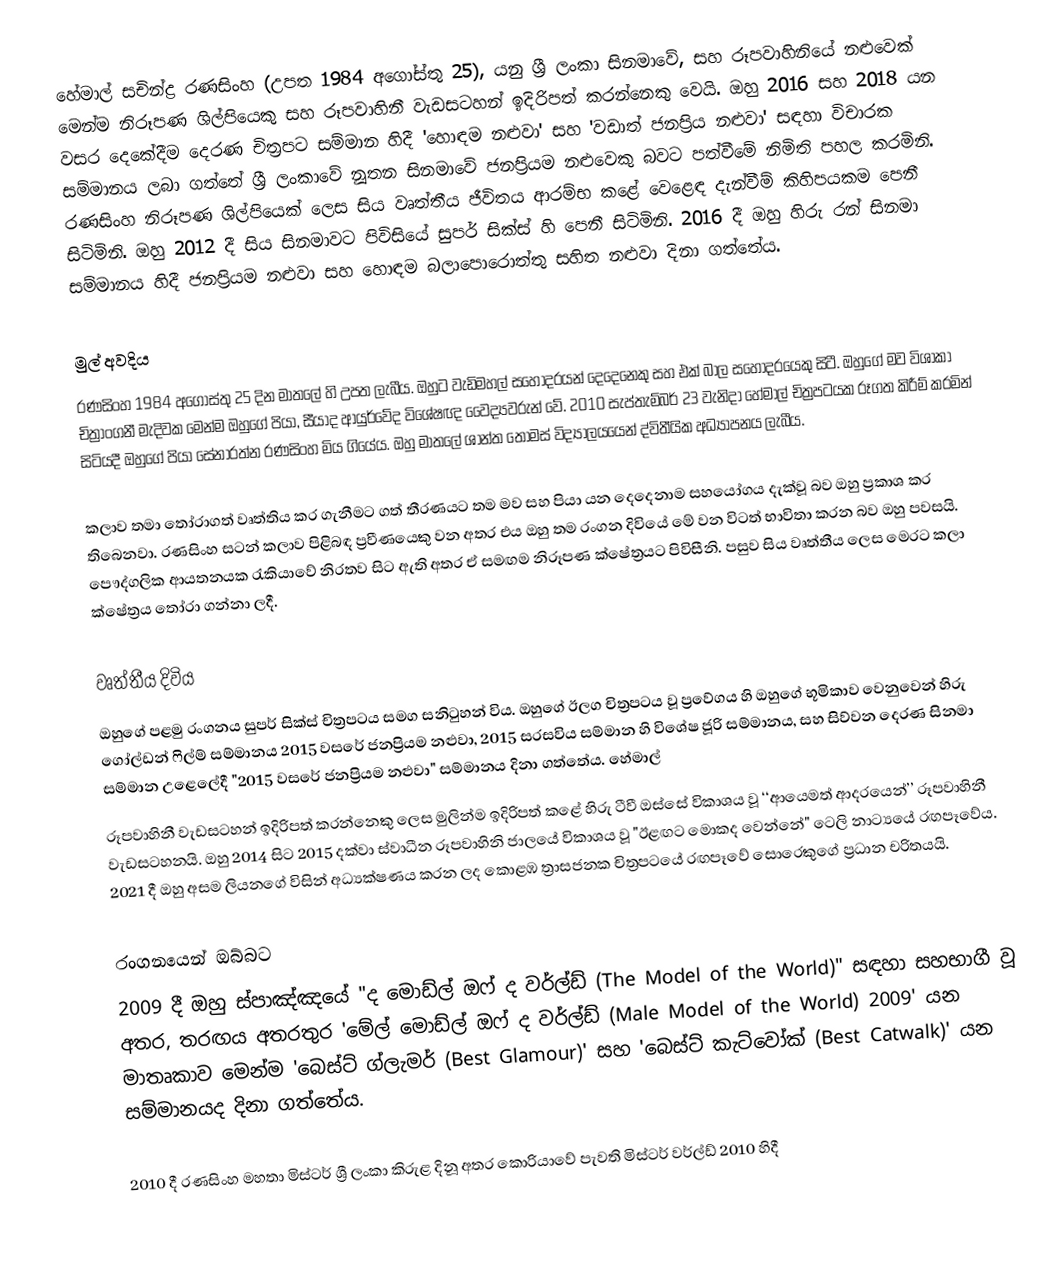
හේමාල් සචින්ද්‍ර රණසිංහ (උපත 1984 අගෝස්තු 25), යනු ශ්‍රී ලංකා සිනමාවේ, සහ රූපවාහිනියේ නළුවෙක් මෙන්ම නිරූපණ ශිල්පියෙකු සහ රූපවාහිනී වැඩසටහන් ඉදිරිපත් කරන්නෙකු වෙයි. ඔහු 2016 සහ 2018 යන වසර දෙකේදීම දෙරණ චිත්‍රපට සම්මාන හිදී 'හොඳම නළුවා' සහ 'වඩාත් ජනප්‍රිය නළුවා' සඳහා විචාරක සම්මානය ලබා ගත්තේ ශ්‍රී ලංකාවේ නූතන සිනමාවේ ජනප්‍රියම නළුවෙකු බවට පත්වීමේ නිමිති පහල කරමිනි. රණසිංහ නිරූපණ ශිල්පියෙක් ලෙස සිය වෘත්තීය ජීවිතය ආරම්භ කළේ වෙළෙඳ දැන්වීම් කිහිපයකම පෙනී සිටිමිනි. ඔහු 2012 දී සිය සිනමාවට පිවිසියේ සුපර් සික්ස් හි පෙනී සිටිමිනි. 2016 දී ඔහු හිරු රන් සිනමා සම්මානය හිදී ජනප්‍රියම නළුවා සහ හොඳම බලාපොරොත්තු සහිත නළුවා දිනා ගත්තේය.

මුල් අවදිය
රණසිංහ 1984 අගෝස්තු 25 දින මාතලේ හි උපත ලැබීය. ඔහුට වැඩිමහල් සහෝදරයන් දෙදෙනෙකු සහ එක් බාල සහෝදරයෙකු සිටී. ඔහුගේ මව විශාකා චිත්‍රාංගනී මැදිවක මෙන්ම ඔහුගේ පියා, සීයාද ආයුර්වේද විශේෂඥ වෛද්‍යවරුන් වේ. 2010 සැප්තැම්බර් 23 වැනිදා හේමාල් චිත්‍රපටයක රූගත කිරීම් කරමින් සිටියදී ඔහුගේ පියා සේනාරත්න රණසිංහ මිය ගියේය. ඔහු මාතලේ ශාන්ත තෝමස් විද්‍යාලයයෙන් ද්විතීයික අධ්‍යාපනය ලැබීය.

කලාව තමා තෝරාගත් වෘත්තිය කර ගැනීමට ගත් තීරණයට තම මව සහ පියා යන දෙදෙනාම සහයෝගය දැක්වූ බව ඔහු ප්‍රකාශ කර තිබෙනවා. රණසිංහ සටන් කලාව පිළිබඳ ප්‍රවීණයෙකු වන අතර එය ඔහු තම රංගන දිවියේ මේ වන විටත් භාවිතා කරන බව ඔහු පවසයි. පෞද්ගලික ආයතනයක රැකියාවේ නිරතව සිට ඇති අතර ඒ සමඟම නිරූපණ ක්ෂේත්‍රයට පිවිසීනි. පසුව සිය වෘත්තීය ලෙස මෙරට කලා ක්ෂේත්‍රය තෝරා ගන්නා ලදී.

වෘත්තීය දිවිය
ඔහුගේ පළමු රංගනය සුපර් සික්ස් චිත්‍රපටය සමග සනිටුහන් විය. ඔහුගේ ඊලග චිත්‍රපටය වූ ප්‍රවේගය හි ඔහුගේ භූමිකාව වෙනුවෙන් හිරු ගෝල්ඩන් ෆිල්ම් සම්මානය 2015 වසරේ ජනප්‍රියම නළුවා, 2015 සරසවිය සම්මාන හි විශේෂ ජූරි සම්මානය, සහ සිව්වන දෙරණ සිනමා සම්මාන උළෙලේදී "2015 වසරේ ජනප්‍රියම නළුවා" සම්මානය දිනා ගත්තේය. හේමාල්
රූපවාහිනී වැඩසටහන් ඉදිරිපත් කරන්නෙකු ලෙස මුලින්ම ඉදිරිපත් කළේ හිරු ටීවී ඔස්සේ විකාශය වූ ‘‘ආයෙමත් ආදරයෙන්’’ රූපවාහිනී වැඩසටහනයි. ඔහු 2014 සිට 2015 දක්වා ස්වාධීන රූපවාහිනි ජාලයේ විකාශය වූ "ඊළඟට මොකද වෙන්නේ" ටෙලි නාට්‍යයේ රඟපෑවේය. 2021 දී ඔහු අසම ලියනගේ විසින් අධ්‍යක්ෂණය කරන ලද කොළඹ ත්‍රාසජනක චිත්‍රපටයේ රඟපෑවේ සොරෙකුගේ ප්‍රධාන චරිතයයි.

රංගනයෙන් ඔබ්බට
2009 දී ඔහු ස්පාඤ්ඤයේ "ද මොඩ්ල් ඔෆ් ද වර්ල්ඩ් (The Model of the World)" සඳහා සහභාගී වූ අතර, තරඟය අතරතුර 'මේල් මොඩ්ල් ඔෆ් ද වර්ල්ඩ් (Male Model of the World) 2009' යන මාතෘකාව මෙන්ම 'බෙස්ට් ග්ලැමර් (Best Glamour)' සහ 'බෙස්ට් කැට්වෝක් (Best Catwalk)' යන සම්මානයද දිනා ගත්තේය.

2010 දී රණසිංහ මහතා මිස්ටර් ශ්‍රී ලංකා කිරුළ දිනූ අතර කොරියාවේ පැවති මිස්ටර් වර්ල්ඩ් 2010 හිදී